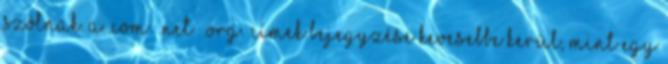
szólnak. A .com .net .org címek bejegyzése kevesebbe kerül, mint egy